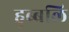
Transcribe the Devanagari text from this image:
हुब्बलि